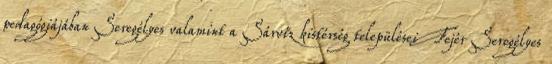
pedagógiájában Seregélyes valamint a Sárvíz kistérség települései Fejér Seregélyes